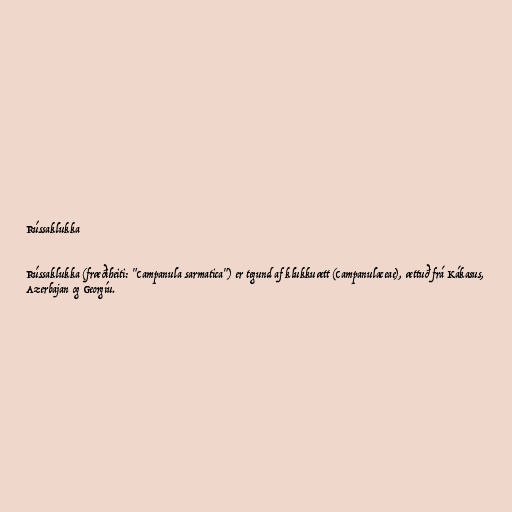
Rússaklukka

Rússaklukka (fræðiheiti: "Campanula sarmatica") er tegund af klukkuætt (Campanulaceae), ættuð frá Kákasus,
Azerbajan og Georgíu.